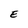
Character: E